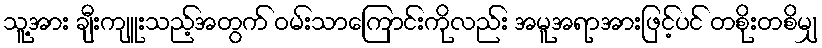
သူ့အား ချီးကျူးသည့်အတွက် ဝမ်းသာကြောင်းကိုလည်း အမူအရာအားဖြင့်ပင် တစိုးတစိမျှ